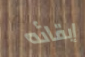
إبقائه